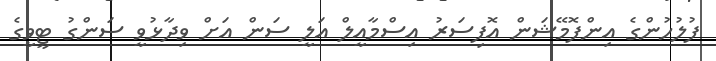
ފުލުހުންގެ އިންފޮމޭޝަން އޮފިސަރު އިސްމާއީލް އަލީ ސަން އަށް ވިދާޅުވީ ސަންގު ޓީވީގެ